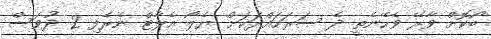
ބޯކޮށް ވާރޭ ވެހޭނެތީ ދެ ސަރަހައްދަކަށް ޔެލޯ އެލާޓް ނެރެފި 2 ދުވަސް